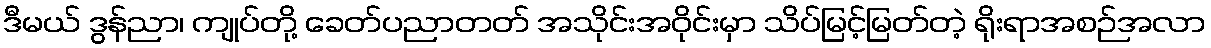
ဒီမယ် ဒွန်ညာ၊ ကျုပ်တို့ ခေတ်ပညာတတ် အသိုင်းအဝိုင်းမှာ သိပ်မြင့်မြတ်တဲ့ ရိုးရာအစဉ်အလာ